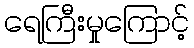
ရေကြီးမှုကြောင့်